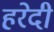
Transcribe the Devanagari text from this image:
हरेदी